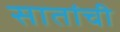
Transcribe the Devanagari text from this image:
सातांची